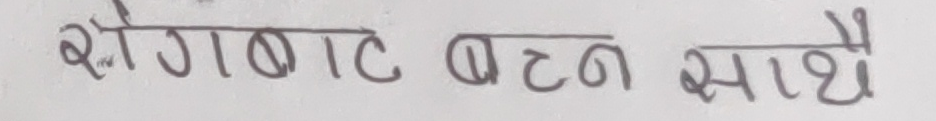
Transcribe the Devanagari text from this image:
रोगबाट बट्न साथै